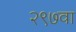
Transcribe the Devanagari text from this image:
२९७वा